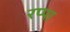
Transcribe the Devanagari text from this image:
रप्पा